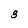
Character: 3